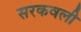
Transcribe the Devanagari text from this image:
सरकवली